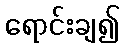
ရောင်းချ၍